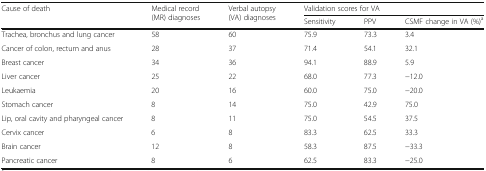
| <ROWSPAN=2> Cause of death | <ROWSPAN=2> Medical record (MR) diagnoses | <ROWSPAN=2> Verbal autopsy (VA) diagnoses | <COLSPAN=3> Validation scores for VA |
 | Sensitivity | PPV | CSMF change in VA (%)a |
 | --- | --- | --- | --- | --- | --- |
 | Trachea, bronchus and lung cancer | 58 | 60 | 75.9 | 73.3 | 3.4 |
 | Cancer of colon, rectum and anus | 28 | 37 | 71.4 | 54.1 | 32.1 |
 | Breast cancer | 34 | 36 | 94.1 | 88.9 | 5.9 |
 | Liver cancer | 25 | 22 | 68.0 | 77.3 | −12.0 |
 | Leukaemia | 20 | 16 | 60.0 | 75.0 | −20.0 |
 | Stomach cancer | 8 | 14 | 75.0 | 42.9 | 75.0 |
 | Lip, oral cavity and pharyngeal cancer | 8 | 11 | 75.0 | 54.5 | 37.5 |
 | Cervix cancer | 6 | 8 | 83.3 | 62.5 | 33.3 |
 | Brain cancer | 12 | 8 | 58.3 | 87.5 | −33.3 |
 | Pancreatic cancer | 8 | 6 | 62.5 | 83.3 | −25.0 |